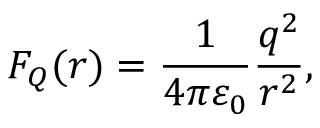
F _ { Q } ( r ) = \frac { 1 } { 4 \pi \varepsilon _ { 0 } } \frac { q ^ { 2 } } { r ^ { 2 } } ,